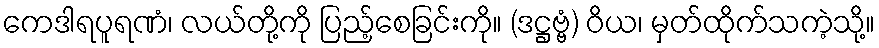
ကေဒါရပူရဏံ၊ လယ်တို့ကို ပြည့်စေခြင်းကို။ (ဒဋ္ဌဗ္ဗံ) ဝိယ၊ မှတ်ထိုက်သကဲ့သို့။